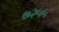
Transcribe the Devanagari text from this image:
७२५५